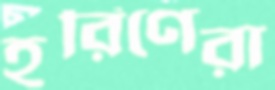
হরিণেরা